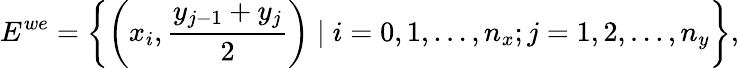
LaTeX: E^{we}=\left\{ \left(x_{i},\frac{y_{j-1}+y_{j}}{2}\right)\mid i=0,1,\ldots,n_{x};j=1,2,\ldots,n_{y}\right\} ,